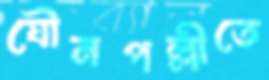
যৌনপল্লীতে